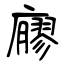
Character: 廫